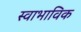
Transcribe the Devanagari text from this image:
स्‍वाभाविक